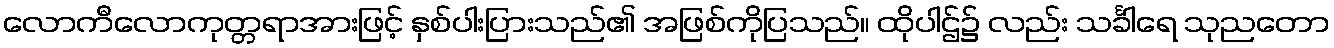
လောကီလောကုတ္တရာအားဖြင့် နှစ်ပါးပြားသည်၏ အဖြစ်ကိုပြသည်။ ထိုပါဌ်၌ လည်း သင်္ခါရေ သုညတော